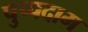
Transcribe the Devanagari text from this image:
पुप्पदाम